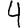
Digit: 4